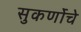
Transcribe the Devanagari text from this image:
सुकर्णोचे